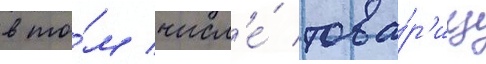
в то́м числ'е́ това́р'ищ